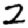
Digit: 2